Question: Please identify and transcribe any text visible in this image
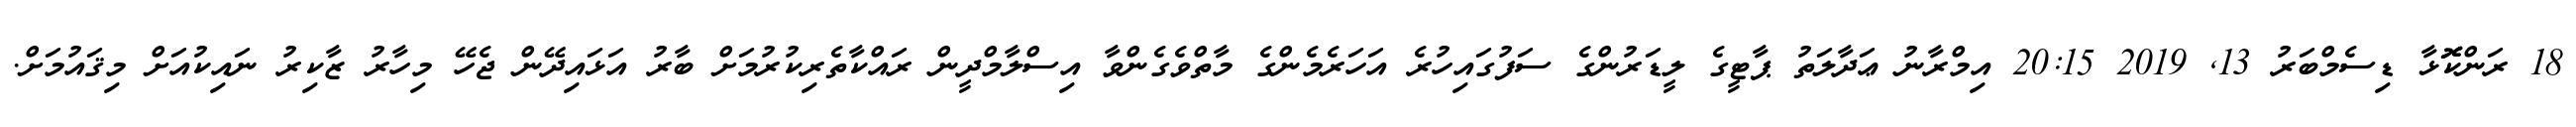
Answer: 18 ރަންކޮޮޅާ ޑިސެމްބަރު 13, 2019 20:15 އިމްރާނު ޢަދާލަތު ޕާޓީގެ ލީޑަރުންގެ ސަފުގައިހުރެ އަހަރެމެންގެ މާތްވެގެންވާ އިސްލާމްދީން ރައްކާތެރިކުރުމަށް ބާރު އަޅައިދޭން ޖެހޭ މިހާރު ޒާކިރު ނައިކުއަށް މިޤައުމަށް.